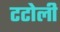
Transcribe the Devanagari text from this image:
टटोली